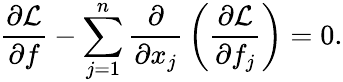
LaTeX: {\frac{\partial{\mathcal{L}}}{\partial f}}-\sum_{j=1}^{n}{\frac{\partial}{\partial x_{j}}}\left({\frac{\partial{\mathcal{L}}}{\partial f_{j}}}\right)=0.